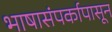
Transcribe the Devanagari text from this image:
भाषासंपर्कापासून